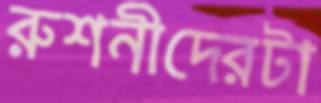
রুশনীদেরটা